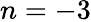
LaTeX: n=-3